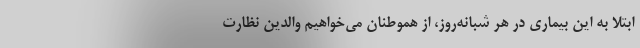
ابتلا به این بیماری در هر شبانه‌روز، از هموطنان می‌خواهیم والدین نظارت